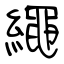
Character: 繩